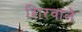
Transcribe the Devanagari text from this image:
शिरवाले